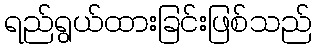
ရည်ရွယ်ထားခြင်းဖြစ်သည်